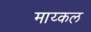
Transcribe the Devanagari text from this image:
माय्कल